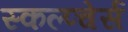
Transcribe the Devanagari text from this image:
स्कल्प्चेर्स